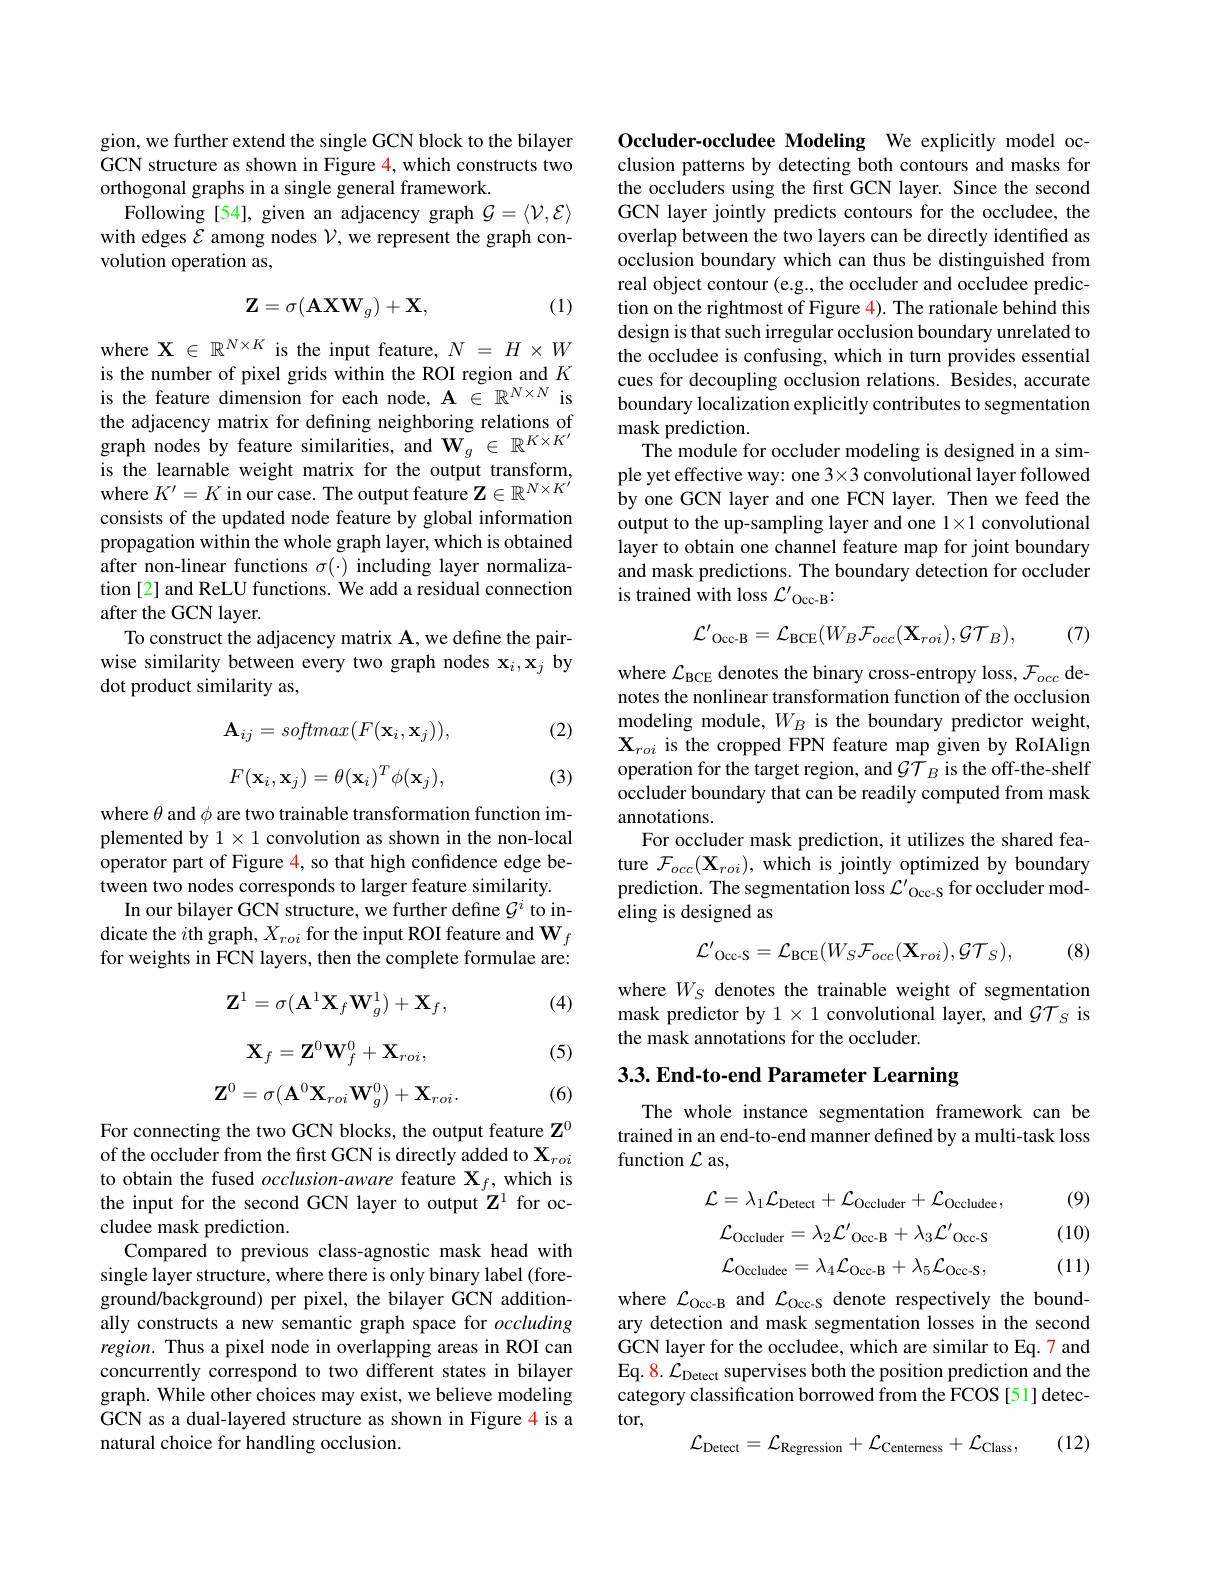
gion, we further extend the single GCN block to the bilayer GCN structure as shown in Figure 4, which constructs two orthogonal graphs in a single general framework.
Following [54], given an adjacency graph $\mathcal{G}=\langle\mathcal{V},\mathcal{E}\rangle$ with edges $\mathcal{E}$ among nodes $\mathcal{V}$, we represent the graph convolution operation as,
$$\mathbf{Z}=\sigma(\mathbf{A}\mathbf{X}\mathbf{W}_g)+\mathbf{X},$$
(1)

where $\mathbf{X}\in\mathbb{R}^{N\times K}$ is the input feature, $N=H\times W$ is the number of pixel grids within the ROI region and $K$ is the feature dimension for each node, $\mathbf{A}\in\mathbb{R}^N\times N$ is the adjacency matrix for defining neighboring relations of graph nodes by feature similarities, and $\mathbf{W}_g\in\mathbb{R}^{K\times K^{\prime}}$ is the learnable weight matrix for the output transform, where $K^\prime=K$ in our case. The output feature $\mathbf{Z}\in\mathbb{R}^N\times K^{\prime}$ consists of the updated node feature by global information propagation within the whole graph layer, which is obtained after non-linear functions $\sigma(\cdot)$ including layer normalization [2] and ReLU functions. We add a residual connection after the GCN layer.
To construct the adjacency matrix $\mathbf{A}$,we define the pairwise similarity between every two graph nodes $\mathbf{x}_i,\mathbf{x}_j$ by dot product similarity as,

(2)
$$\mathbf{A}_{ij}=softmax(F(\mathbf{x}_{i},\mathbf{x}_{j})),\\F(\mathbf{x}_{i},\mathbf{x}_{j})=\theta(\mathbf{x}_{i})^{T}\phi(\mathbf{x}_{j}),$$
(3)

where $\theta$ and $\phi$ are two trainable transformation function implemented by $1\times1$ convolution as shown in the non-local operator part of Figure 4, so that high confidence edge between two nodes corresponds to larger feature similarity.
In our bilayer GCN structure, we further define $\mathcal{G}^i$ to indicate the $i$th graph, $X_roi$ for the input ROI feature and $\mathbf{W}_f$ for weights in FCN layers, then the complete formulae are:

(4)
$$\mathbf{Z}^1=\sigma(\mathbf{A}^1\mathbf{X}_f\mathbf{W}_g^1)+\mathbf{X}_f,$$
$$\mathbf{X}_f=\mathbf{Z}^0\mathbf{W}_f^0+\mathbf{X}_{roi},$$
$$\mathbf{Z}^{0}=\sigma(\mathbf{A}^{0}\mathbf{X}_{roi}\mathbf{W}_{g}^{0})+\mathbf{X}_{roi}.$$
(5)

(6)

For connecting the two GCN blocks, the output feature Z$^0$ of the occluder from the first GCN is directly added to $\mathbf{X}_{roi}$ to obtain the fused occlusion-aware feature $\mathbf{X}_f$,which is the input for the second GCN layer to output $\mathbf{Z}^1$ for occludee mask prediction.
Compared to previous class-agnostic mask head with single layer structure, where there is only binary label (foreground/background) per pixel, the bilayer GCN additionally constructs a new semantic graph space for occluding region. Thus a pixel node in overlapping areas in ROI can concurrently correspond to two different states in bilayer graph. While other choices may exist, we believe modeling GCN as a dual-layered structure as shown in Figure 4 is a natural choice for handling occlusion.

Occluder-occludee Modeling We explicitly model occlusion patterns by detecting both contours and masks for the occluders using the first GCN layer. Since the second GCN layer jointly predicts contours for the occludee, the overlap between the two layers can be directly identified as occlusion boundary which can thus be distinguished from real object contour (e.g., the occluder and occludee prediction on the rightmost of Figure 4). The rationale behind this design is that such irregular occlusion boundary unrelated to the occludee is confusing, which in turn provides essential cues for decoupling occlusion relations. Besides, accurate boundary localization explicitly contributes to segmentation mask prediction.
The module for occluder modeling is designed in a simple yet effective way: one 3×3 convolutional layer followed by one GCN layer and one FCN layer. Then we feed the output to the up-sampling layer and one $1\times1$ convolutional layer to obtain one channel feature map for joint boundary and mask predictions. The boundary detection for occluder is trained with loss $\mathcal{L}^\prime_\mathrm{Occ-B}:$
$$\mathcal{L'}_{\mathrm{Occ-B}}=\mathcal{L}_{\mathrm{BCE}}(W_{B}\mathcal{F}_{occ}(\mathbf{X}_{roi}),\mathcal{GT}_{B}),$$
(7)

where $\mathcal{L}_\mathrm{BCE}$ denotes the binary cross-entropy loss, $\mathcal{F}_occ$ denotes the nonlinear transformation function of the occlusion modeling module, $W_B$ is the boundary predictor weight, $\mathbf{X}_{roi}$ is the cropped FPN feature map given by RoIAlign operation for the target region, and $\mathcal{GT}_B$ is the off-the-shelf occluder boundary that can be readily computed from mask annotations.
For occluder mask prediction, it utilizes the shared feature $\mathcal{F}_occ(\mathbf{X}_{roi})$, which is jointly optimized by boundary prediction. The segmentation loss $\mathcal{L}^\prime_{\mathrm{Occ-S}}$ for occluder modeling is designed as
$$\mathcal{L'}_{\mathrm{Occ-S}}=\mathcal{L}_{\mathrm{BCE}}(W_{S}\mathcal{F}_{occ}(\mathbf{X}_{roi}),\mathcal{GT}_{S}),$$
(8)

where $W_S$ denotes the trainable weight of segmentation mask predictor by $1\times1$ convolutional layer, and $\mathcal{GT}_S$ is the mask annotations for the occluder.

# 3.3. End-to-end Parameter Learning

The whole instance segmentation framework can be trained in an end-to-end manner defined by a multi-task loss function $\mathcal{L}$ as,

(9)
$$\mathcal{L}=\lambda_{1}\mathcal{L}_{\mathrm{Detect}}+\mathcal{L}_{\mathrm{Occluder}}+\mathcal{L}_{\mathrm{Occludee}},$$
$$\mathcal{L}_{\mathrm{Occluder}}=\lambda_{2}\mathcal{L}'_{\mathrm{Occ-B}}+\lambda_{3}\mathcal{L}'_{\mathrm{Occ-S}}$$
$$\mathcal{L}_{\mathrm{Occludee}}=\lambda_{4}\mathcal{L}_{\mathrm{Occ-B}}+\lambda_{5}\mathcal{L}_{\mathrm{Occ-S}},$$
(10) (11)

where $\mathcal{L}_\mathrm{Occ-B}$ and $\mathcal{L}_\mathrm{Occ-S}$ denote respectively the boundary detection and mask segmentation losses in the second GCN layer for the occludee, which are similar to Eq. 7 and Eq. 8. $\mathcal{L}_\text{Detect supervises both the position prediction and the}$ category classification borrowed from the FCOS [51] detector,

(12)
$$\mathcal{L}_{\mathrm{Detect}}=\mathcal{L}_{\mathrm{Regression}}+\mathcal{L}_{\mathrm{Centerness}}+\mathcal{L}_{\mathrm{Class}},$$